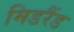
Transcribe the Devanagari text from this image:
मिडरैंड